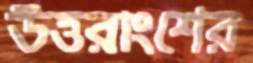
উত্তরাংশের